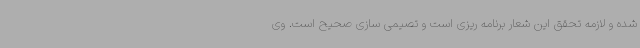
شده و لازمه تحقق این شعار برنامه ریزی است و تصیمی سازی صحیح است. وی